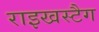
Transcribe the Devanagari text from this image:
राइखस्टैग